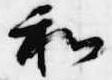
和